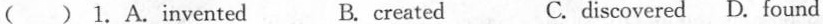
( ) 1.A.invented B. created C. discovered D. found